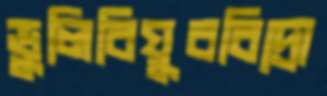
ভুলিবিযুববিদ্রো